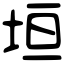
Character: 垣